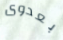
بعدوى